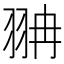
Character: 𦐘